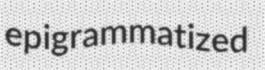
epigrammatized